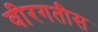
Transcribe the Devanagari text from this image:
वीरगतीस